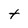
Character: t